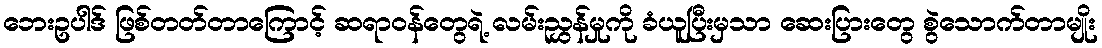
ဘေးဥပါဒ် ဖြစ်တတ်တာကြောင့် ဆရာဝန်တွေရဲ့ လမ်းညွှန်မှုကို ခံယူပြီးမှသာ ဆေးပြားတွေ စွဲသောက်တာမျိုး